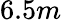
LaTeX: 6.5m